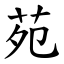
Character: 苑